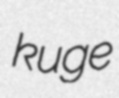
kuge